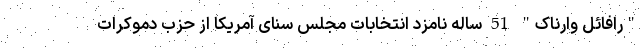
"رافائل وارناک" 51 ساله نامزد انتخابات مجلس سنای آمریکا از حزب دموکرات